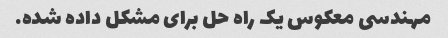
مهندسی معکوس یک راه حل برای مشکل داده شده.